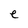
Character: e